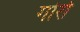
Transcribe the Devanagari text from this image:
गोर्रा